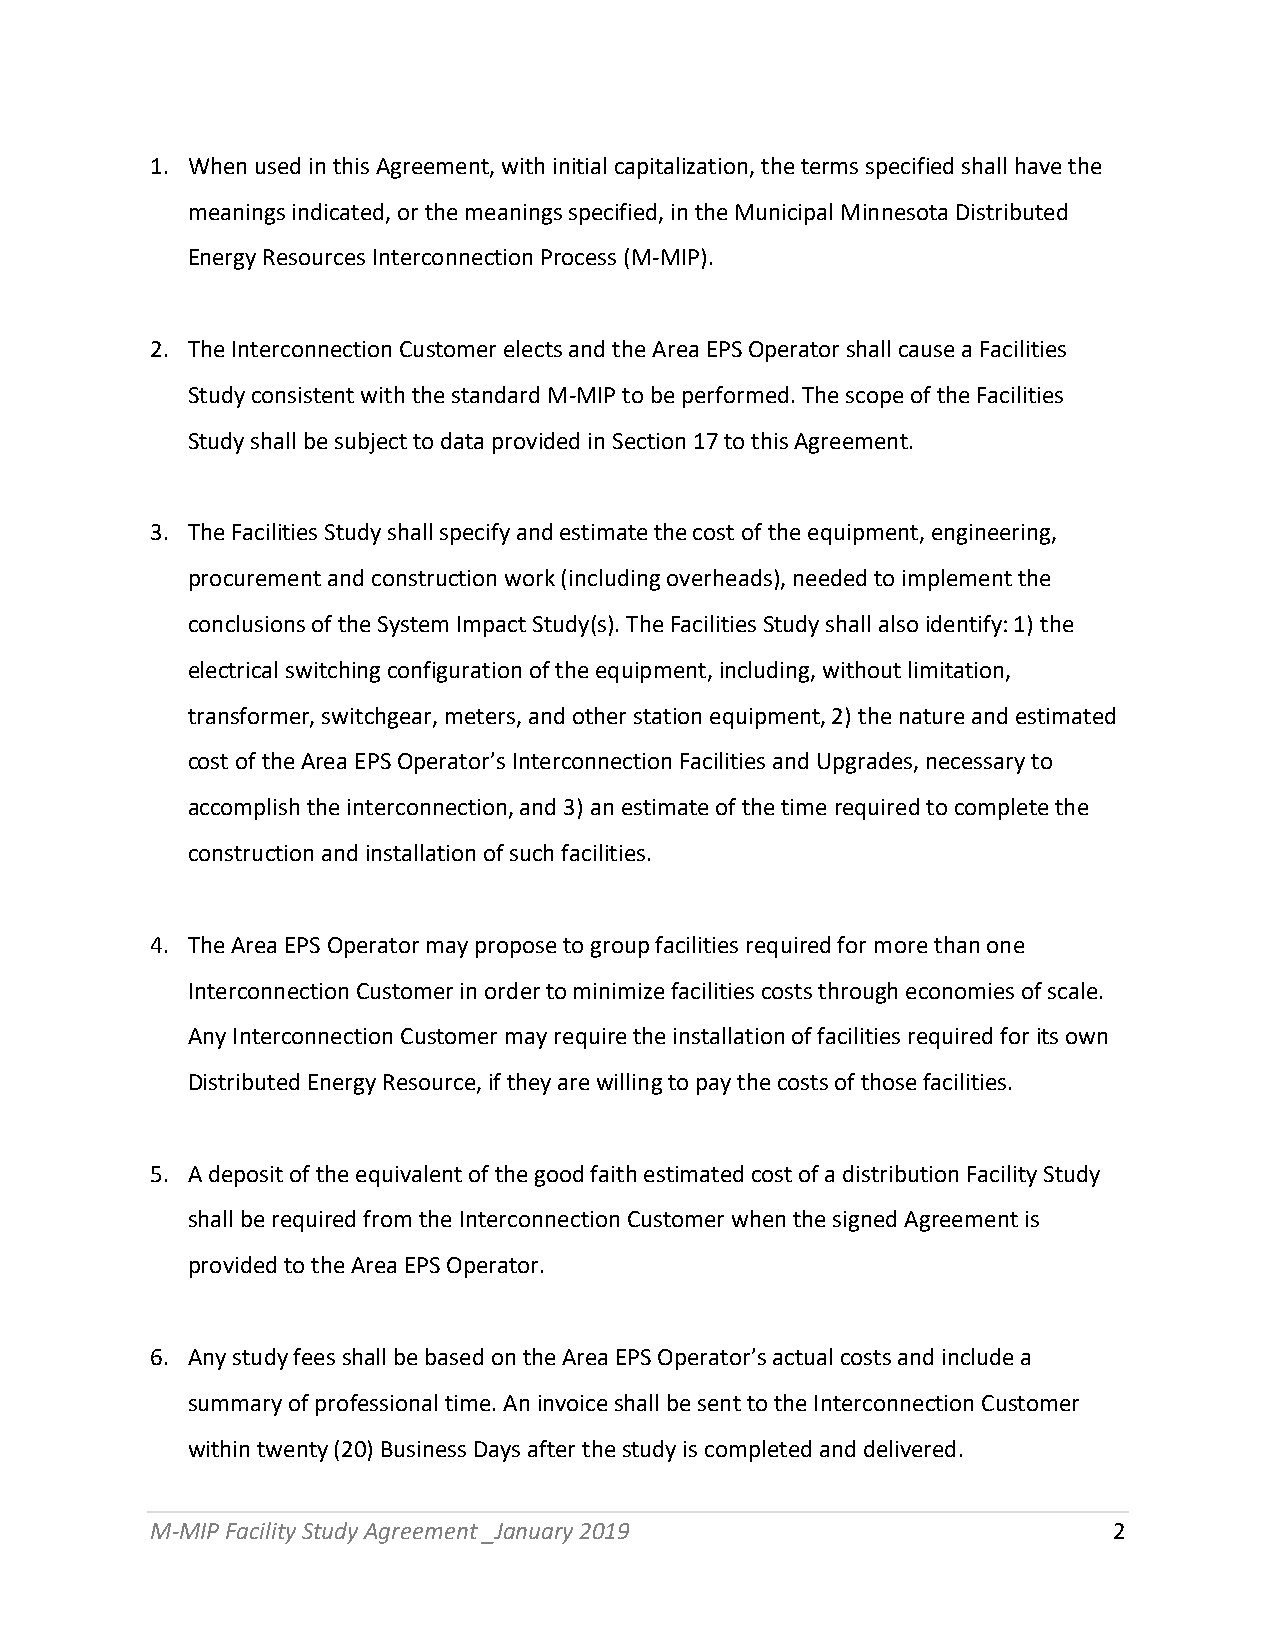
1. When used in this Agreement, with initial capitalization, the terms specified shall have the
 meanings indicated, or the meanings specified, in the Municipal Minnesota Distributed
 Energy Resources Interconnection Process (M-MIP).
 2. The Interconnection Customer elects and the Area EPS Operator shall cause a Facilities
 Study consistent with the standard M-MIP to be performed. The scope of the Facilities
 Study shall be subject to data provided in Section 17 to this Agreement.
 3. The Facilities Study shall specify and estimate the cost of the equipment, engineering,
 procurement and construction work (including overheads), needed to implement the
 conclusions of the System Impact Study(s). The Facilities Study shall also identify: 1) the
 electrical switching configuration of the equipment, including, without limitation,
 transformer, switchgear, meters, and other station equipment, 2) the nature and estimated
 cost of the Area EPS Operator’s Interconnection Facilities and Upgrades, necessary to
 accomplish the interconnection, and 3) an estimate of the time required to complete the
 construction and installation of such facilities.
 4. The Area EPS Operator may propose to group facilities required for more than one
 Interconnection Customer in order to minimize facilities costs through economies of scale.
 Any Interconnection Customer may require the installation of facilities required for its own
 Distributed Energy Resource, if they are willing to pay the costs of those facilities.
 5. A deposit of the equivalent of the good faith estimated cost of a distribution Facility Study
 shall be required from the Interconnection Customer when the signed Agreement is
 provided to the Area EPS Operator.
 6. Any study fees shall be based on the Area EPS Operator’s actual costs and include a
 summary of professional time. An invoice shall be sent to the Interconnection Customer
 within twenty (20) Business Days after the study is completed and delivered.
 M-MIP Facility Study Agreement _January 2019                    2